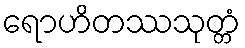
ရောဟိတဿသုတ္တံ